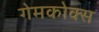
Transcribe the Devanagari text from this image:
गेमकोक्स